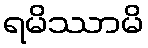
ရမိဿာမိ